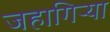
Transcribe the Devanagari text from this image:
जहागिऱ्या